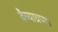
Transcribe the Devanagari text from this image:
वैय्याघ्रपद्य